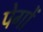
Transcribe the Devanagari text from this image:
पेगों